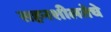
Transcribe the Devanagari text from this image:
सहनशीलतेचे